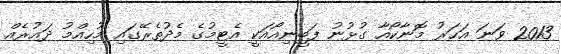
2013 ވަނަ އަހަރު މޮނާކޯއާ ގުޅުނު ފަބީނިއޯއަކީ އެޓީމުގެ މެދުތެރޭގައި މުހިއްމު ދައުރެއް